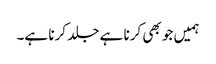
ہمیں جو بھی کرنا ہے جلد کرنا ہے۔